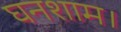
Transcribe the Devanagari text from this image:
घनशाम।